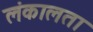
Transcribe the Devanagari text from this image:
लंकालता